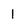
Character: 1